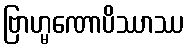
ဗြာဟ္မဏောပိဿာဿ